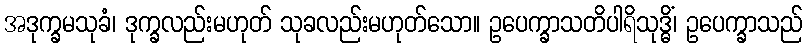
အဒုက္ခမသုခံ၊ ဒုက္ခလည်းမဟုတ် သုခလည်းမဟုတ်သော။ ဥပေက္ခာသတိပါရိသုဒ္ဓိံ၊ ဥပေက္ခာသည်